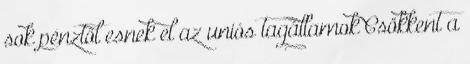
sok pénztől esnek el az uniós tagállamok Csökkent a